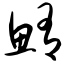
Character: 鲔